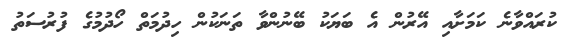
ކުރައްވާނެ ކަމަށާއި އޭރުން އެ ބަޔަކު ބޭނުންވާ ތަނަކުން ހިދުމަތް ހޯދުމުގެ ފުރުސަތު